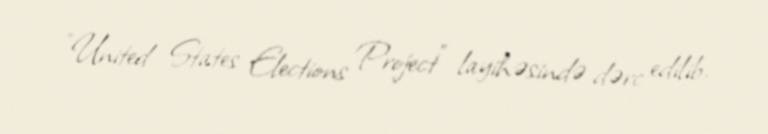
"United States Elections Project" layihəsində dərc edilib.